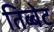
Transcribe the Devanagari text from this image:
तिब्बेट